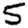
Digit: 5